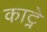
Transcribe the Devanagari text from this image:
काट्ने